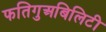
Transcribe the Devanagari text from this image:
फतिगुअबिलिटी